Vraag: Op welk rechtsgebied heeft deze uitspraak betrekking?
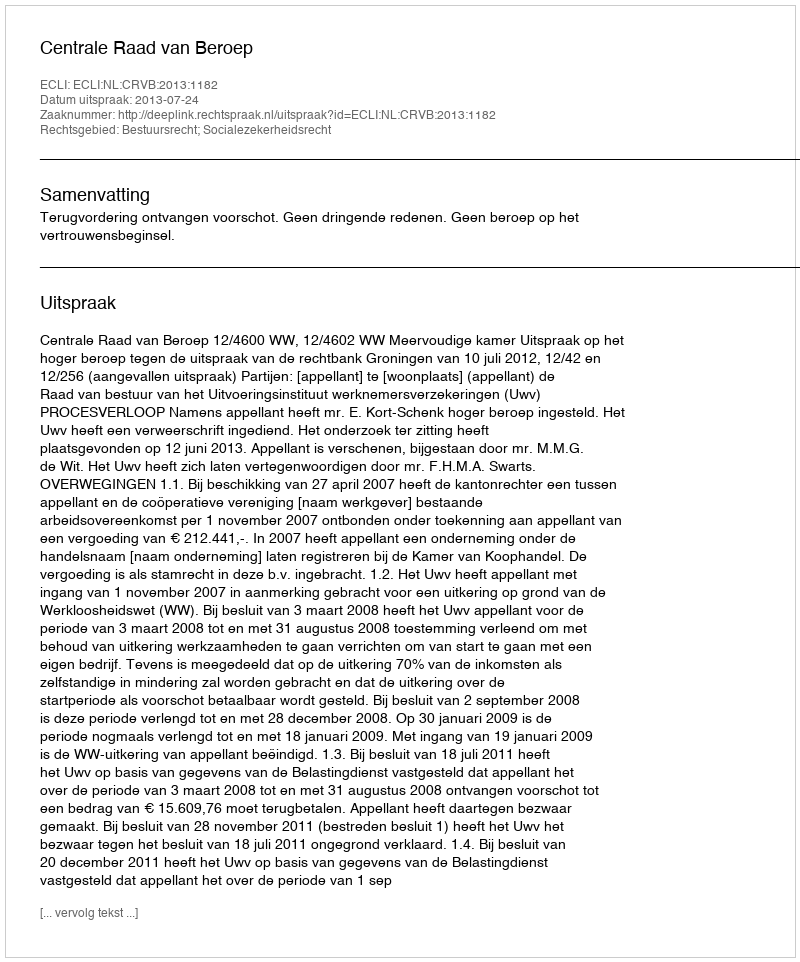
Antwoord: Bestuursrecht; Socialezekerheidsrecht